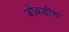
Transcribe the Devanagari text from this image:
बोबडीच